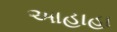
આહાહા